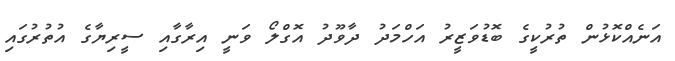
އަނެއްކޮޅުން ތުރުކީގެ ބޮޑުވަޒީރު އަހްމަދު ދާވޫދު އޮގްލޯ ވަނީ އިރާގާއި ސީރިޔާގެ އުތުރުގައި